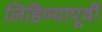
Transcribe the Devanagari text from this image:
लिहिण्‍यापूर्वी